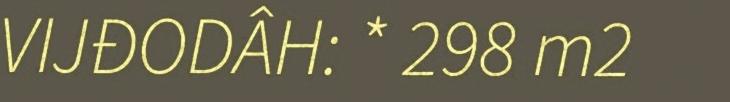
VIJĐODÂH: * 298 m2